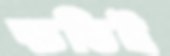
ক্ষতিই